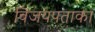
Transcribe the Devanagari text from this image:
विजयपताका